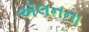
ઍલનના